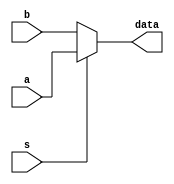
`timescale 1ns / 1ps
//////////////////////////////////////////////////////////////////////////////////
// Company: 
// Engineer: 
// 
// Design Name: 
// Module Name: BR_4_MUX21
// Project Name: 
// Target Devices: 
// Tool Versions: 
// Description: 
// 
// Dependencies: 
// 
// Revision:
// Revision 0.01 - File Created
// Additional Comments:
// 
//////////////////////////////////////////////////////////////////////////////////


module BR_4_MUX21(output [3:0]data,input s,input [3:0]a,b);
    
    assign data=s?a:b;
    
endmodule